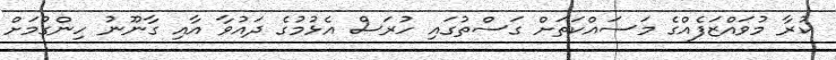
ކުރާ މުވައްޒަފެއްގެ މަސައްކަތަށް ގަސްތުގައި ހުރަސް އެޅުމުގެ ދައުވާ އާއި ގާނޫނު ހިންގުމަށް